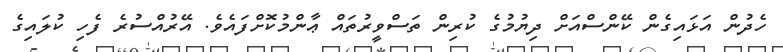
ހެދުން އަޅައިގެން ކޭންސްއަށް ދިޔުމުގެ ކުރިން ތަސްވީރުތައް ޢާންމުކޮށްފައެވެ. އޭރުއްސުރެ ފެހި ކުލައިގެ